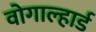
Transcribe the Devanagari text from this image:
वोगाल्हार्ड